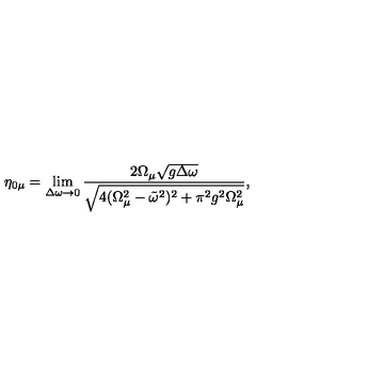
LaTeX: \eta _ { 0 \mu } = \lim _ { \Delta \omega \to 0 } \frac { 2 \Omega _ { \mu } \sqrt { g \Delta \omega } } { \sqrt { 4 ( \Omega _ { \mu } ^ { 2 } - \tilde { \omega } ^ { 2 } ) ^ { 2 } + \pi ^ { 2 } g ^ { 2 } \Omega _ { \mu } ^ { 2 } } } ,